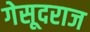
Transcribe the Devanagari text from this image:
गेसूदराज